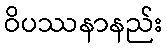
ဝိပဿနာနည်း